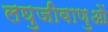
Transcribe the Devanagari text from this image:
लघुजीवाणुओं